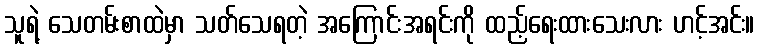
သူရဲ့ သေတမ်းစာထဲမှာ သတ်သေရတဲ့ အကြောင်းအရင်းကို ထည့်ရေးထားသေးလား ဟင့်အင်း။